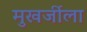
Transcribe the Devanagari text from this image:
मुखर्जीला